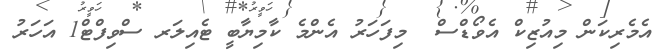
އެމެރިކަން މިއުޒިކް އެވޯޑްސް  މިފަހަރު އެންމެ ކާމިޔާބީ ޓެއިލަރ ސްވިފްޓް1 އަހަރު